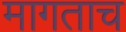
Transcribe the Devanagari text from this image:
मागताच